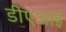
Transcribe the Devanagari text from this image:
डीएआई